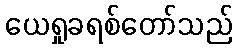
ယေရှုခရစ်တော်သည်